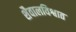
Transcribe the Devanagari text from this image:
शैवालविश्वात